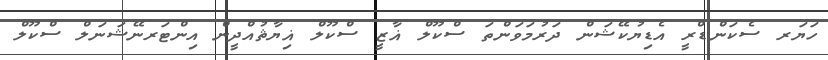
ހަޔަރ ސެކަންޑްރީ އެޑިޔުކޭޝަން ދަރުމަވަންތަ ސްކޫލް ޣާޒީ ސްކޫލް ޣިޔާޘުއްދީން އިންޓަރނޭޝަނަލް ސްކޫލް